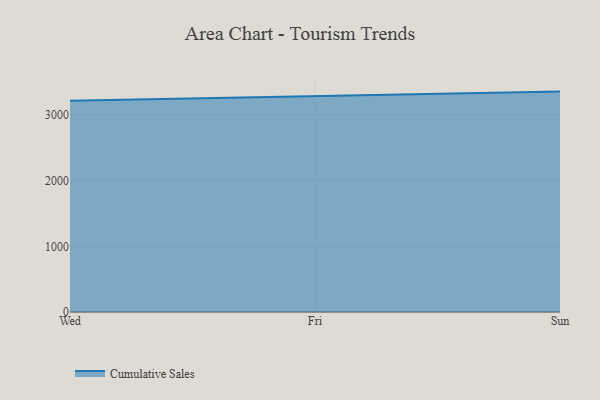
{"axis": {"x": "Day", "y": "Backlog"}, "legend": ["Cumulative Sales"], "data": [{"x": "Wed", "y": 3218.4, "type": "Cumulative Sales"}, {"x": "Fri", "y": 3286.7, "type": "Cumulative Sales"}, {"x": "Sun", "y": 3356.0, "type": "Cumulative Sales"}]}